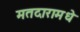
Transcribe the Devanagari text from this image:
मतदारामधे